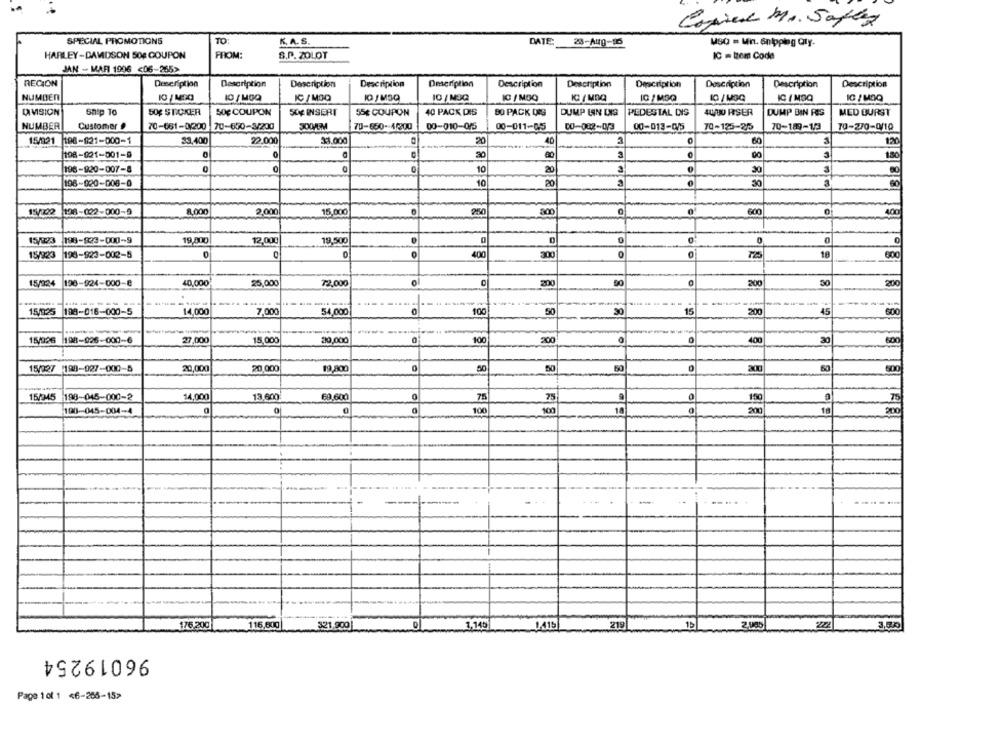
Copied Mr. Safty
SPECIAL PROMOTIONS
TO
K. A. S.
28-Aug-so
USO = Wit. Snipping Qty.
HARLEY-DAVIDSON 50E COUPON
FROM:
S.P. ZOLOT
IC = tem Code
JAN - MAR 1996 <06-265>
RECION
Description
Description
Description
Description
Omeription
Description
Description
Description
Description
Description
Description
NUMBER
IC / MOQ
IC / MSQ
10 / MOQ
IC / MOQ
IC / MDQ
DIVISION
Ship To
50€ STICKER
SOC COUPON
SOE INSERT
55€ COUPON
40 PACK DIS
BO PACK DIS
DUMP WIN UNG
PEDESTAL DIS
4UJU0 RISER
DUMP BIN RIS
MED DURST
NUMBER
Customer #
70-661-0/200 70-650-3/200
70-650-44200
00-010-015
00-011-05
CO-002-0/3
00-013-075
70-125-25
70-189-1/3
TO-270-0/10
15/221
196-821-000-1
$3.400
22.000
33.000
40
2
60
12
198-001-001-9
C
30
3
150
198-920-007-8
0
10
20
30
108-020-006-0
10
20
0
30
3
15/102
198-022-000-5
8.000
2,000
15,000
10
200
0
400
0
15/923
198-823-000-9
19,000
12,000
19.500
0
0
0
16
15/923 198-923-002-5
O
400
300
15/224
198-924-000-8
40,000
25,000
72,000
200
200
50
200
---
15/925
198-016-000-5
14,000
7,000
54,000
0
100
50
30
15
200
45
600
15/026
198-926-000-6
27,000
15,000
20,000
100
200
400
30
600
15/02/ 198-927-000-5
20,000
20,000
19,800
60
300
-
15/345
198-045-000-2
14,000
13.600
69,600
0
75
150
75
190-045-004-4
100
10
200
100
200
-
,149
176.200
115,600
321.500
1,415
219
15
222
96019254
Page 1of 1 <6-255-15>